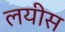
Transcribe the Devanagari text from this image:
लयीस